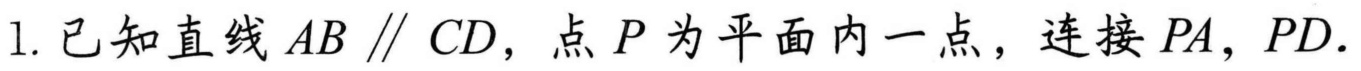
1. 已知直线\(AB\parallel CD\)，点\(P\)为平面内一点，连接\(PA\)，\(PD\).